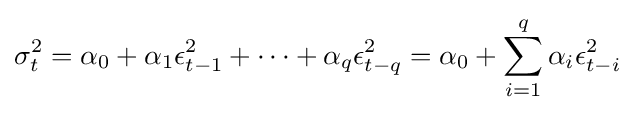
\sigma _{t}^{2}=\alpha _{0}+\alpha _{1}\epsilon _{t-1}^{2}+\cdots +\alpha _{q}\epsilon _{t-q}^{2}=\alpha _{0}+\sum _{i=1}^{q}\alpha _{i}\epsilon _{t-i}^{2}